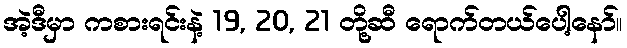
အဲ့ဒီမှာ ကစားရင်းနဲ့ 19, 20, 21 တို့ဆီ ရောက်တယ်ပေါ့နော်။